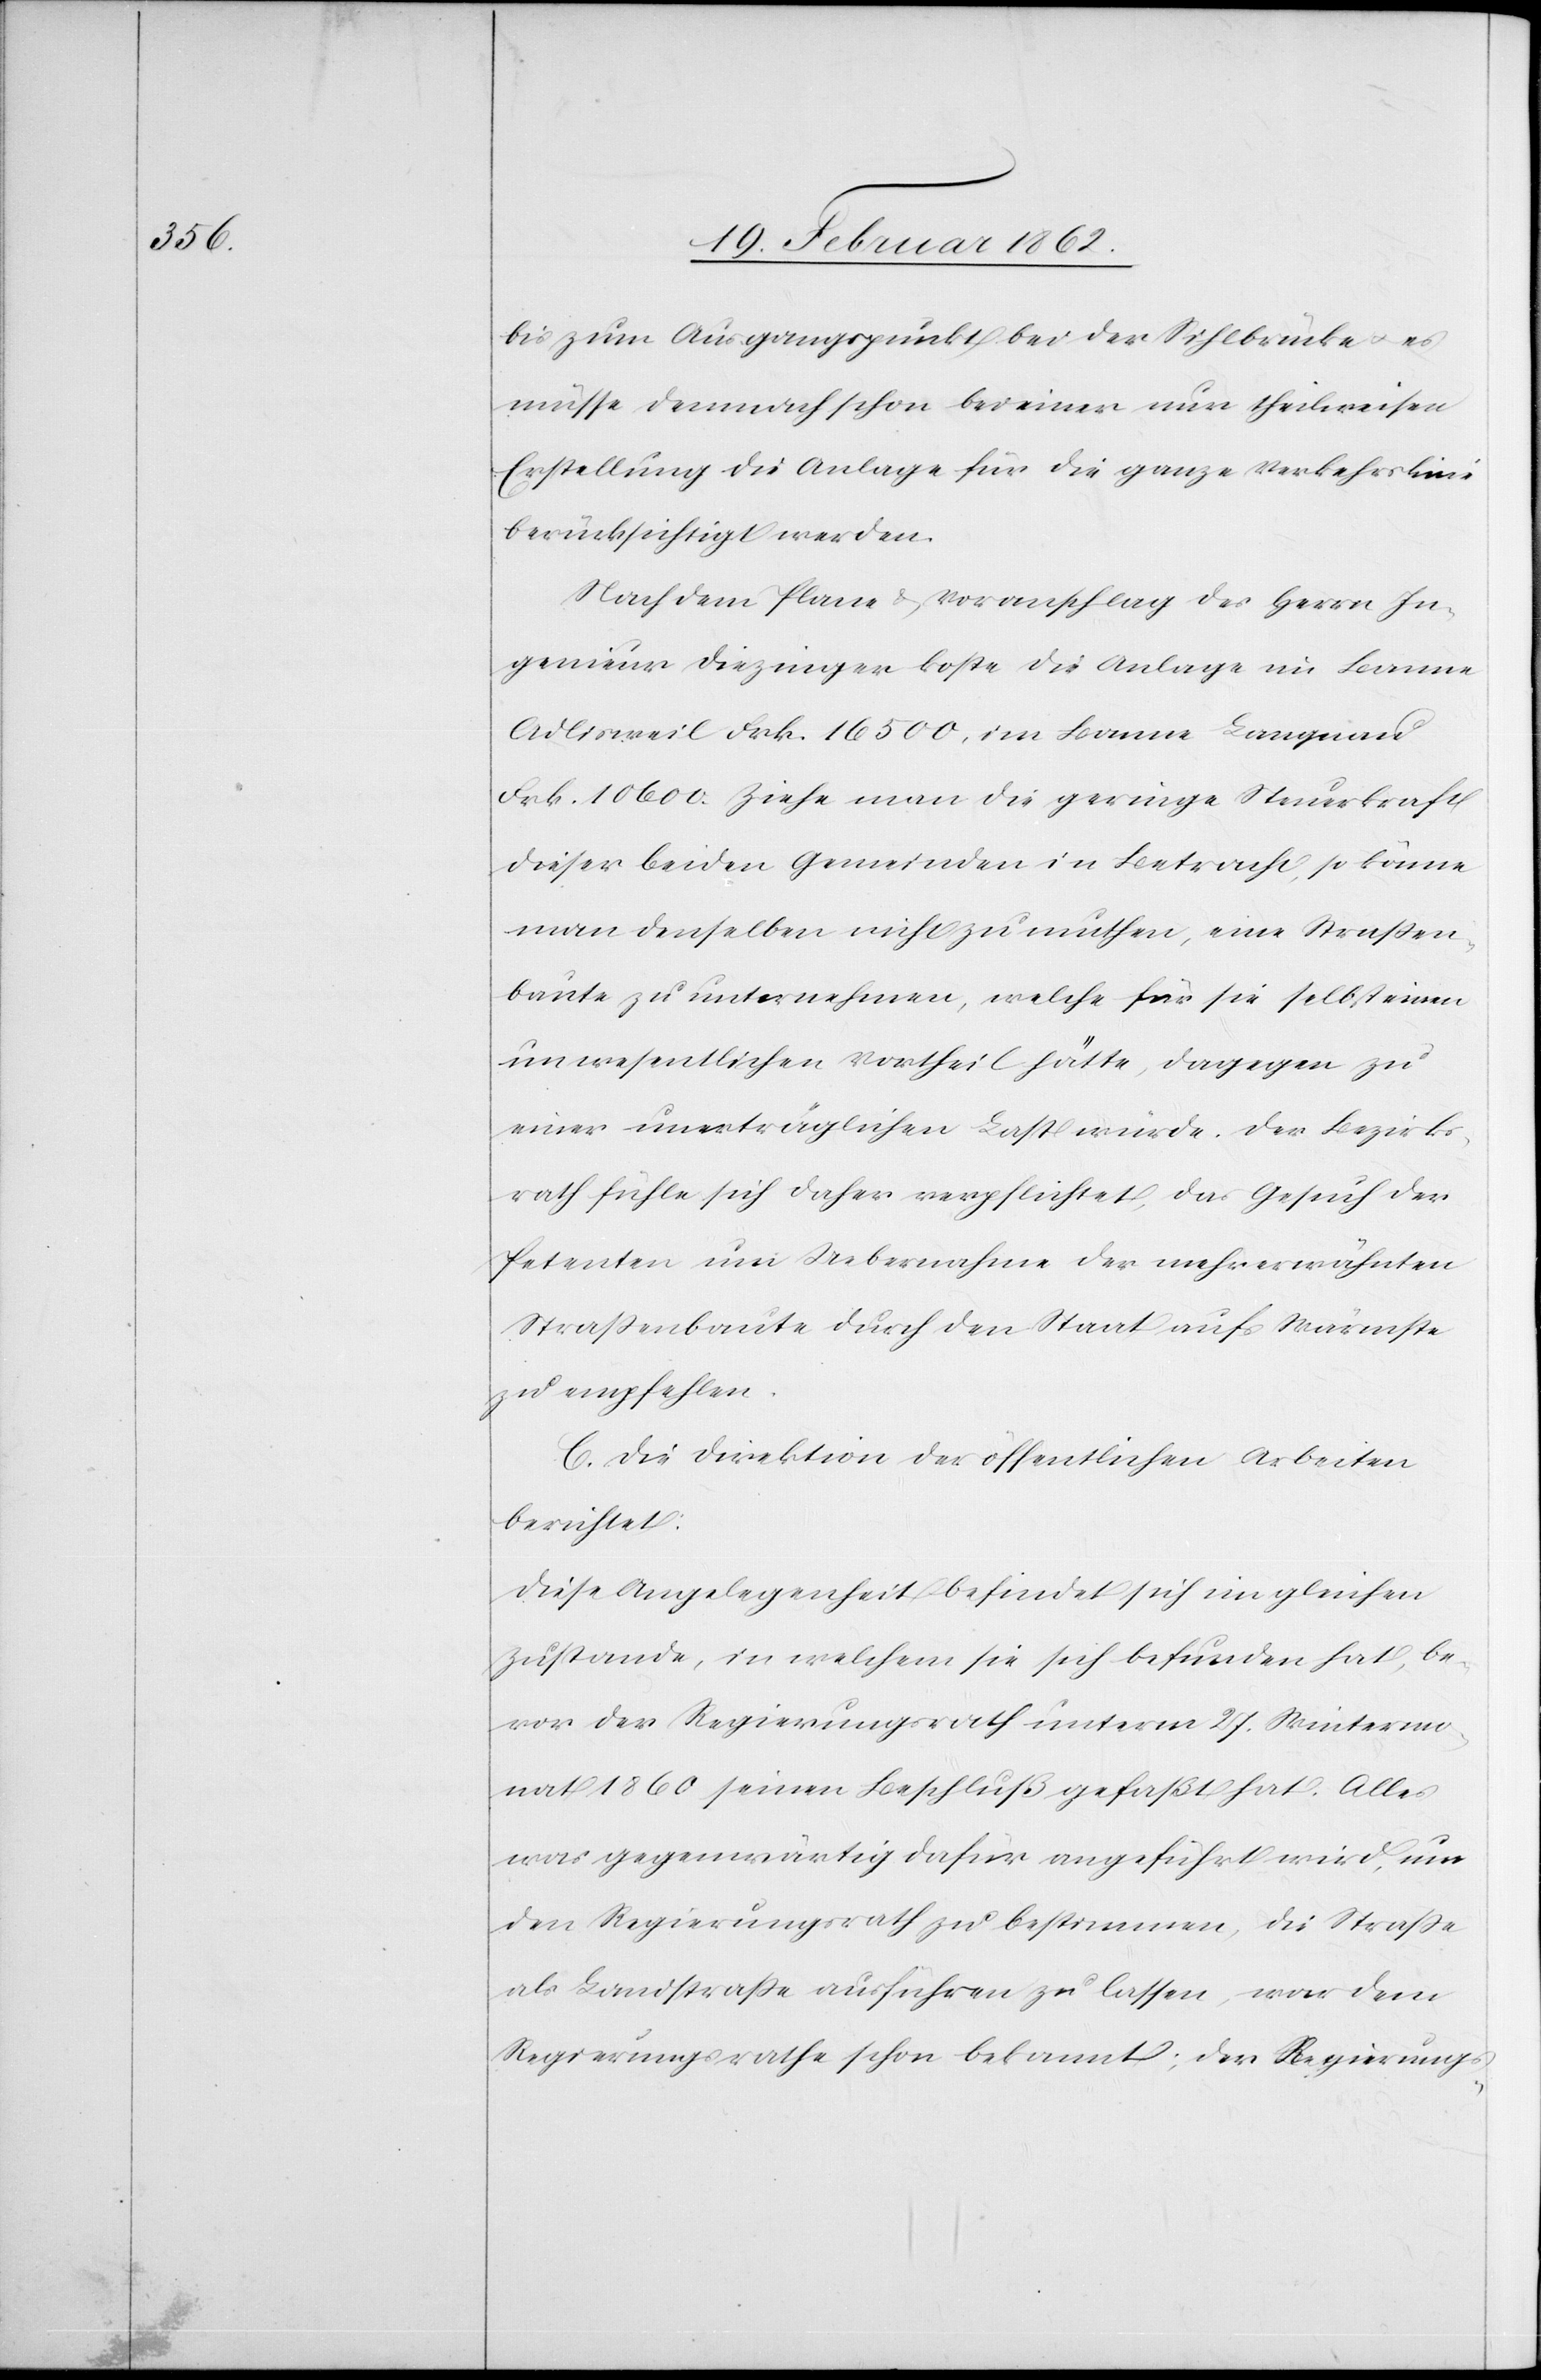
bis zum Ausgangspunkt bei der Sihlbrücke u. es
müsse demnach schon bei einer nur theilweisen
Erstellung die Anlage für die ganze Verkehrslinie
berücksichtigt werden.
Nach dem Plane & Voranschlag des Herrn In¬
genieur Diezinger koste die Anlage im Banne
Adlisweil Frk. 16 500, im Banne Langnau
Frk. 10 600. Ziehe man die geringe Steuerkraft
dieser beiden Gemeinden in Betracht, so könne
man denselben nicht zumuthen, eine Straßen¬
baute zu unternehmen, welche für sie selbst einen
unwesentlichen Vortheil hätte, dagegen zu
einer unerträglichen Last würde. Der Bezirks¬
rath fühle sich daher verpflichtet, das Gesuch der
Petenten um Uebernahme der mehrerwähnten
Straßenbaute durch den Staat aufs Wärmste
zu empfehlen.
C. Die Direktion der öffentlichen Arbeiten
berichtet:
Diese Angelegenheit befindet sich im gleichen
Zustande, in welchem sie sich befunden hat, be¬
vor der Regierungsrath unterm 27. Wintermo¬
nat 1860 seinen Beschluß gefaßt hat. Alles
was gegenwärtig dafür angeführt wird, um
den Regierungsrath zu bestimmen, die Straße
als Landstraße ausführen zu lassen, war dem
Regierungsrathe schon bekannt; der Regierungs-